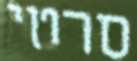
סרטי